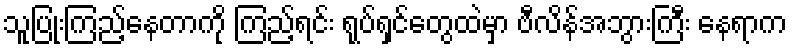
သူပြုံးကြည့်နေတာကို ကြည့်ရင်း ရုပ်ရှင်တွေထဲမှာ ဗီလိန်အဘွားကြီး နေရာက